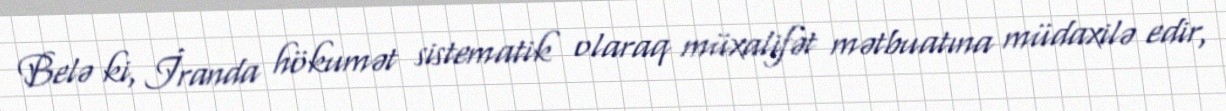
Belə ki, İranda hökumət sistematik olaraq müxalifət mətbuatına müdaxilə edir,